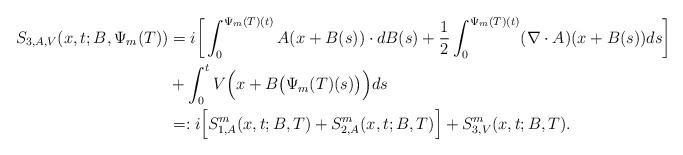
LaTeX: \begin{align*}S_{3,A,V} (x, t; B, \Psi_m(T))& = i\bigg[\int_0^{\Psi_m(T)(t)}A(x+B(s))\cdot dB(s) +\frac{1}{2} \int_0^{\Psi_m(T)(t)} (\nabla\cdot A)( x+B(s)) ds\bigg] \\&+ \int_0^t V\Big(x+B\big(\Psi_m(T)(s)\big)\Big) ds \\&=: i\Big[ S_{1,A}^m(x,t; B,T)+S_{2,A}^m(x,t; B,T)\Big]+S_{3,V}^m(x,t;B,T). \end{align*}